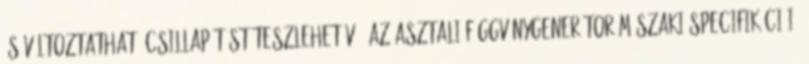
és változtatható csillapítást teszlehetővé. Az asztali függvénygenerátor műszaki specifikációi: